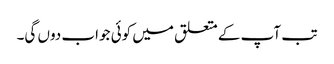
تب آپ کے متعلق میں کوئی جواب دوں گی۔